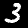
Digit: 3